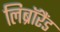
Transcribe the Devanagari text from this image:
लिब्रॉरैंड